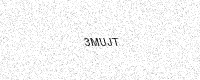
Text: 3MUJT